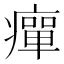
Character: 癉